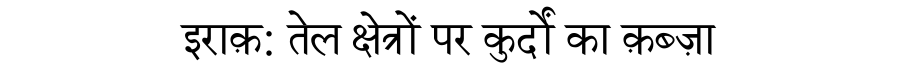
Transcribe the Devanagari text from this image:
इराक़: तेल क्षेत्रों पर कुर्दों का क़ब्ज़ा